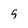
Character: 5